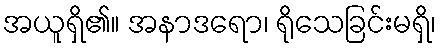
အယူရှိ၏။ အနာဒရော၊ ရိုသေခြင်းမရှိ၊